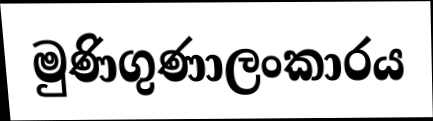
මුණිගුණාලංකාරය